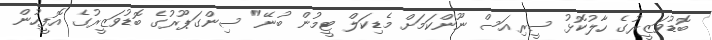
ބޮޑުވަޒީރުގެ ހާލުކޮޅު ސީރިއަސް ނޫންކަމަށް މެޑިކަލް ޓީމުން ބުނޭ" ސިންގަޕޫރުގެ ބޮޑުވަޒީރުގެ އޮފީހުން